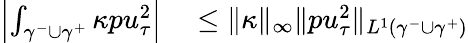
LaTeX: \begin{array}{rl}{\left|\int_{\gamma^{-}\cup\gamma^{+}}\kappa pu_{\tau}^{2}\right|}&{{}\leq\| \kappa\| _{\infty}\| pu_{\tau}^{2}\| _{L^{1}(\gamma^{-}\cup\gamma^{+})}}\end{array}